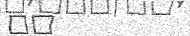
٤٥